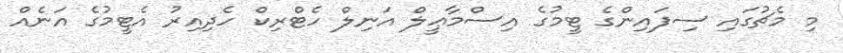
މި މެޗުގައި ސިފައިންގެ ޓީމުގެ އިސްމާޢީލް އަނިލް ހެޓްރިކް ހެދިއިރު އެޓީމުގެ އަނެއް